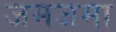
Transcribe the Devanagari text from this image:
जमजमा